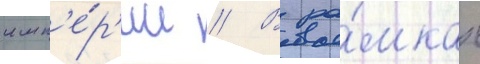
имп'е́р'ии // В ра́мках